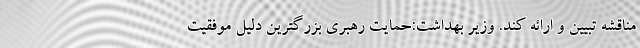
مناقشه تبیین و ارائه کند. وزیر بهداشت:حمایت رهبری بزرگترین دلیل موفقیت